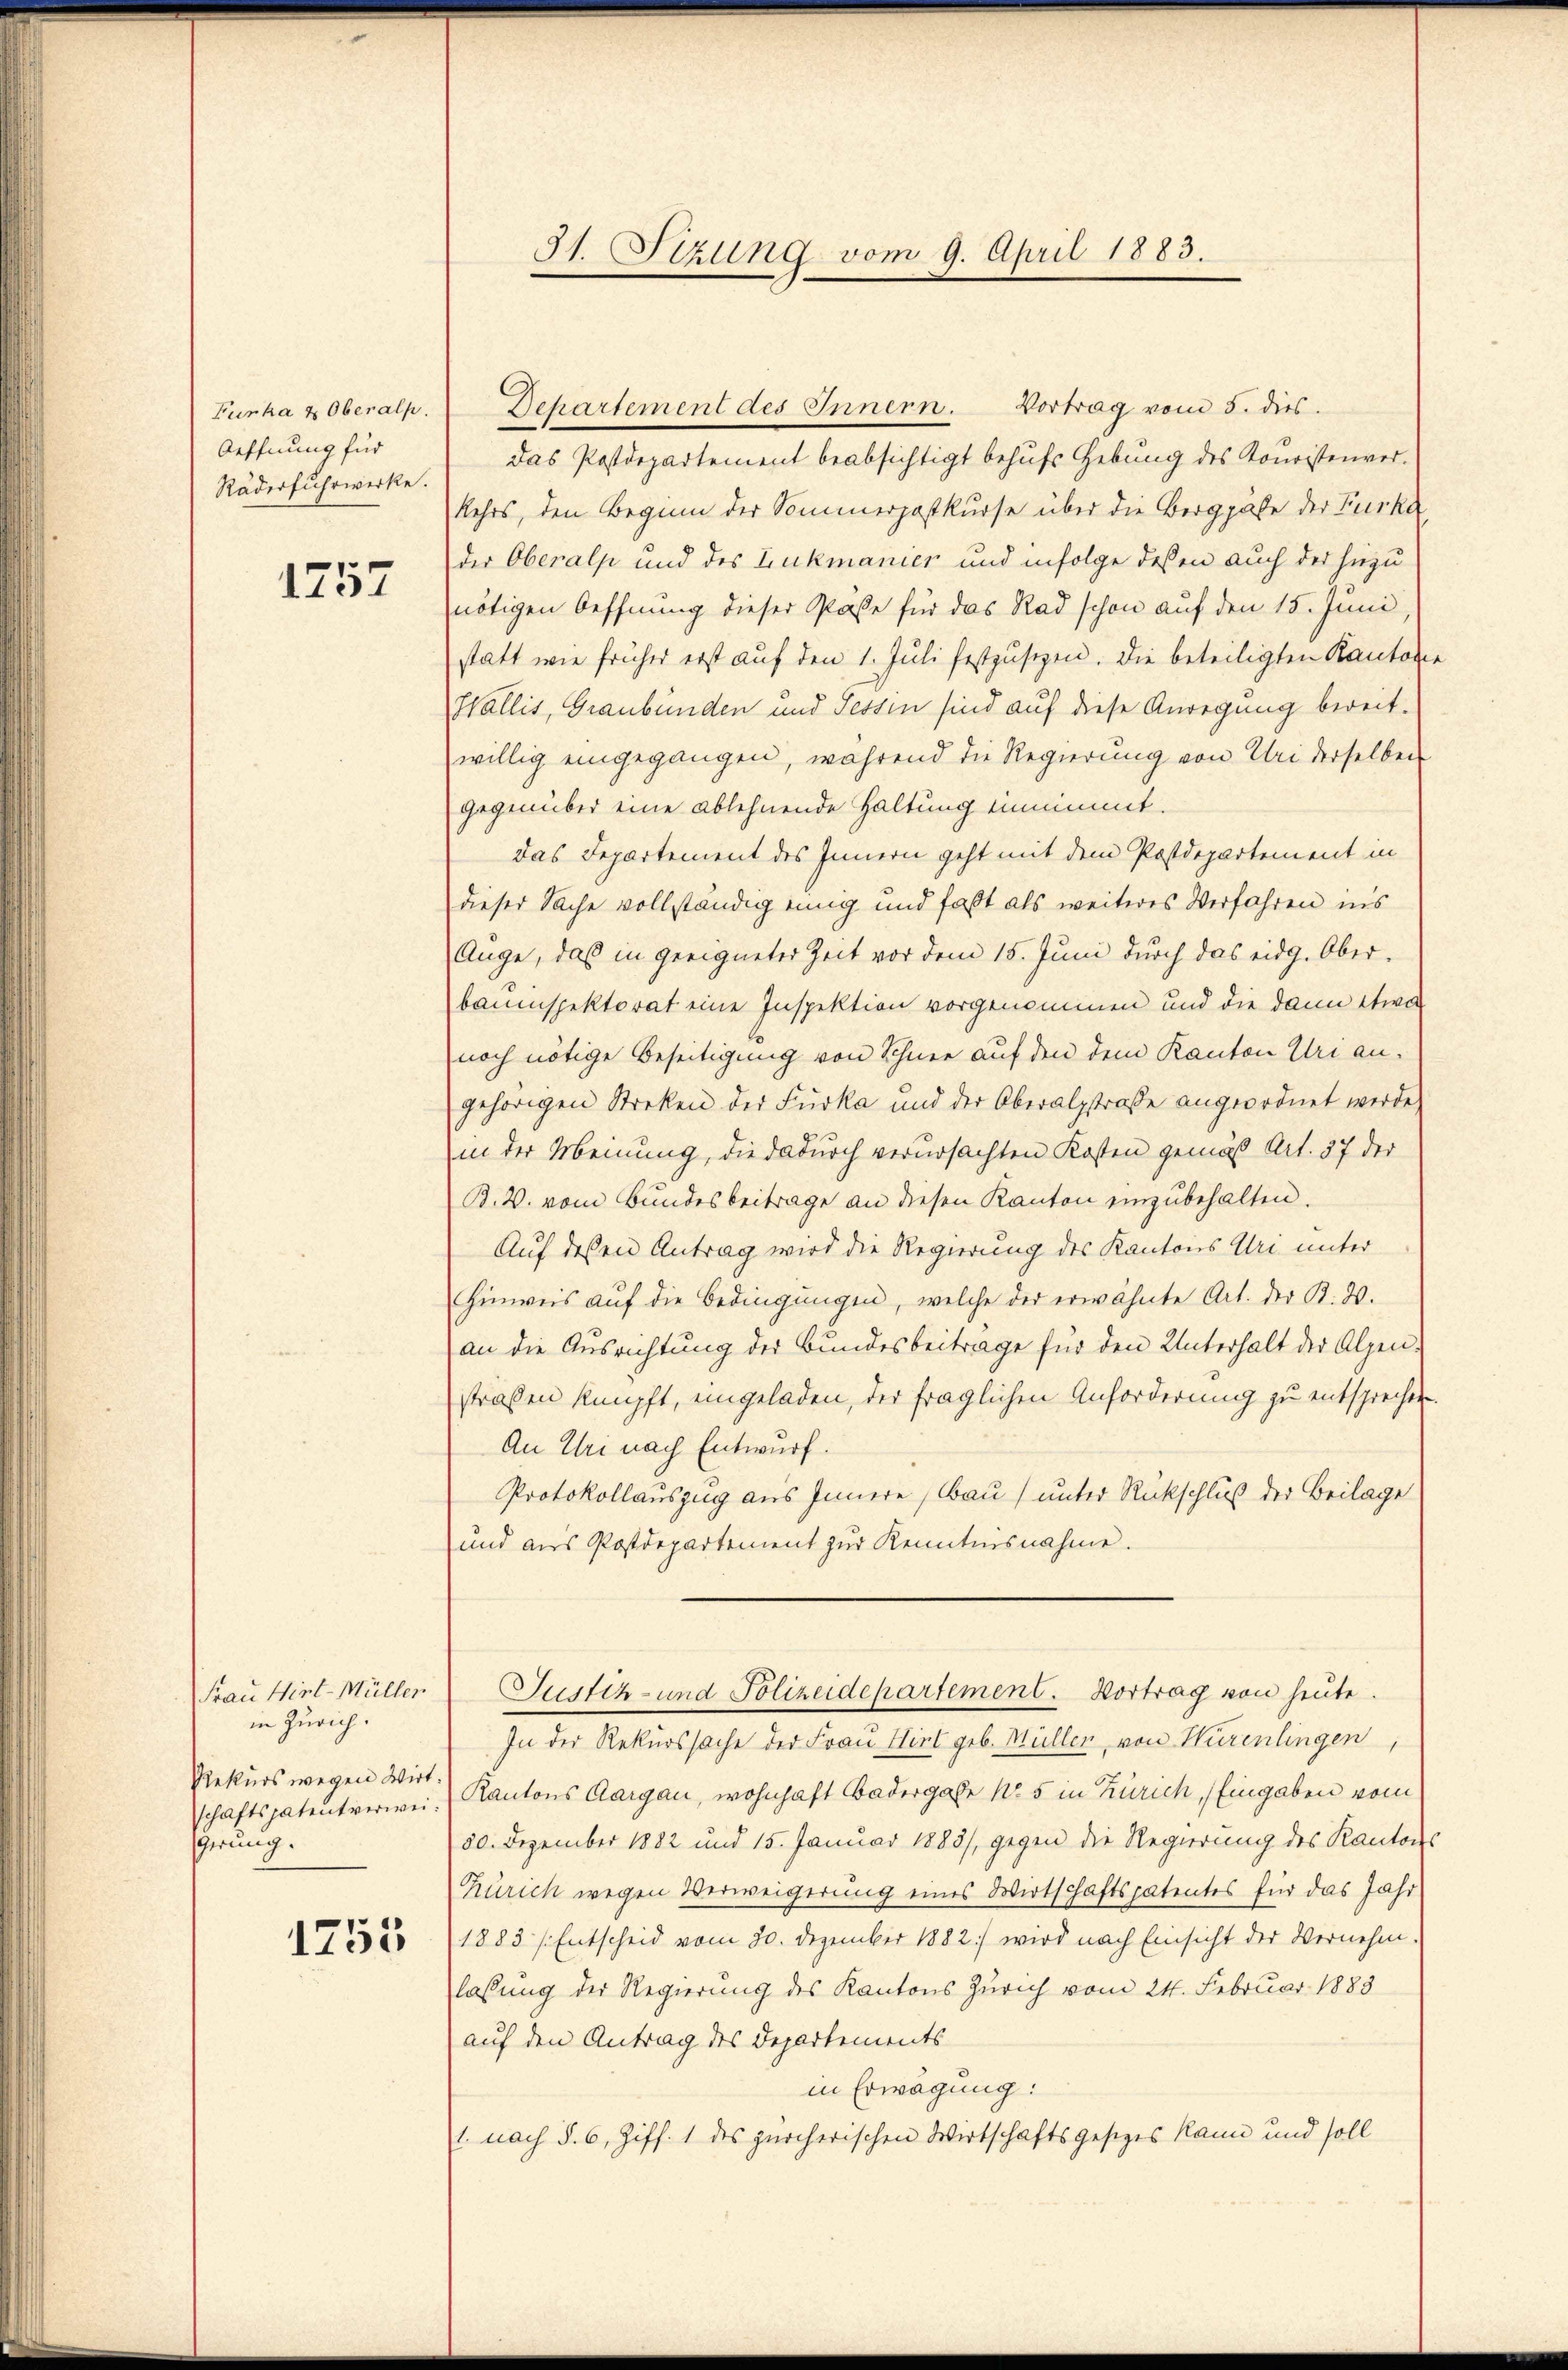
Furka & Oberalp.
Oeffnung für
Räderfuhrwerke.

1757

Frau Wirt-Müller
in Zürich.
Rekurs wegen Wirt.
gerung.

1753

31. Stzung vom 9. April 1883.

Dehartement des Innern. Vortrag vom 5. dies

Das Postdepartement beabsichtigt behufs Hebung des Kouristenver¬
Kehrs, den Beginn der Sommerpostkurse über die Berggabe der Furka,
der Oberalp und des Lukmanier und infolge dessen auch der hiezu
nötigen Oeffnung dieser Päße für das Rad schon auf den 15. Juni,
statt wie früher erst auf den 1. Jŭli festzŭsezen. Die beteiligten Kanton
Wallis, Graubünden und Tessin sind auf diese Anregung bereit.
willig eingegangen, während die Regierung von Uri derselben
gegenüber eine ablehnende Haltung einnimmt.
das Departement des Innern geht mit dem Postdepartement in
dieser Sache vollständig einig und fast als weiteres Verfahren in’s
Auge, daß in geeigneter Zeit vor dem 15. Juni durch das eidg. Oberbauinspektorat eine Inspektion vorgenommen und die dann etwa
noch nötige Beseitigung von Schnee auf den dem Kanton Uri angehörigen Streken der Furka und der Oberalsstraße angeordnet werde,
in der Meinung, die dadurch verursachten Kosten gemäß Art. 37 der
B.V. vom Bundesbeitrage an diesen Kanton einzubehalten.
Auf deßen Antrag wird die Regierung des Kantons Uri unter
Hinweis auf die Bedingungen, welche der erwähnte Art. der B. 3.
an die Ausrichtung der Bundesbeiträge für den Unterhalt der Alpen-
straßen knüpft, eingeladen, der fraglichen Anforderung zu entsprechen
An Uri nach Entwurf.
Protokollauszug aus Innere Bau) unter Rückschluß der Beilage
und aŭs Postdepartement zŭr Kenntnisnahme.
Justiz- und Polizeidepartement. Vortrag von heute.
In der Rekurssache der Frau Hirt geb. Müllen von Würenlingen,
schaftspatentverwei. (Kantons Aargau, wohnhaft Badergabe Nr. 5 in Zürich, Eingaben vom
20. Dezember 1882 und 15. Januar 1883/, gegen die Regierung des Kanton
Zürich wegen Verweigerung eines Wirtschaftspatentes für das Jahr
1883 / Entscheid vom 30. Dezember 1882) wird nach Einsicht der Vernehm-
lassung der Regierung des Kantons Zürich vom 24. Februar 1883
auf den Antrag des Departements
in Erwägung:
l. nach §. 6, Ziff. 1 des zürcherischen Wirtschaftsgesezes kann und soll